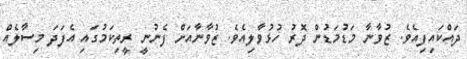
ދައްކައިފިއެވެ. ޒުވާނާ މަޑުމަޑުން ދޮރު ހުޅުވާލިއެވެ. ޒުވާނާއަށް ފެނުނީ ރީތިކަމުގައި އެފަދަ މިސާލެއް